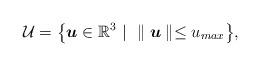
LaTeX: \begin{align*}\mathcal{U}=\big\{\boldsymbol{u} \in \mathbb{R}^3 \ \arrowvert\ \parallel \boldsymbol{u} \parallel \leq u_{max}\big\},\\\end{align*}